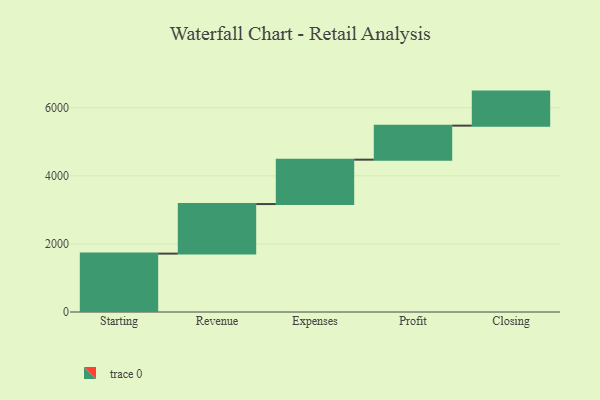
{"axis": {"x": "Step", "y": "Value"}, "legend": [""], "data": [{"x": "Starting", "y": 1716.0, "type": ""}, {"x": "Revenue", "y": 1456.0, "type": ""}, {"x": "Expenses", "y": 1305.0, "type": ""}, {"x": "Profit", "y": 1000, "type": ""}, {"x": "Closing", "y": 1000, "type": ""}]}